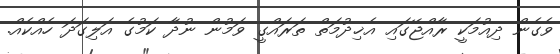
ވެގެން ދިއުމަކީ ރާއްޖޭގައި އެޚިދުމަތް ތަރައްގީ ވަމުން ނުދާ ކަމުގެ އަލިގަދަ ހެއްކެއް.